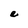
Character: e